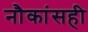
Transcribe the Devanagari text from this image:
नौकांसही